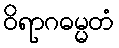
ဝိရာဂဓမ္မတံ